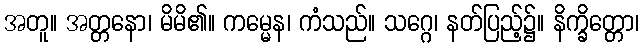
အတူ။ အတ္တနော၊ မိမိ၏။ ကမ္မေန၊ ကံသည်။ သဂ္ဂေ၊ နတ်ပြည့်၌။ နိက္ခိတ္တော၊